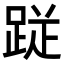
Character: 𮛙